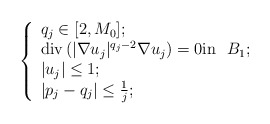
\begin{align*} \left \{\begin{array}{l}q_j \in [2,M_0];\\ \mathrm{div} \left( |\nabla u_j|^{q_j-2} \nabla u_j \right) = 0 \textrm{in} \ \ B_1;\\|u_j|\leq 1;\\|p_j-q_j| \leq \frac{1}{j};\end{array}\right.\end{align*}